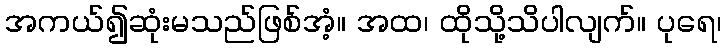
အကယ်၍ဆုံးမသည်ဖြစ်အံ့။ အထ၊ ထိုသို့သိပါလျက်။ ပုရေ၊